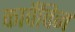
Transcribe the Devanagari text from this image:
कार्वेविन